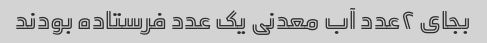
بجای ٢عدد آب معدنی یک عدد فرستاده بودند